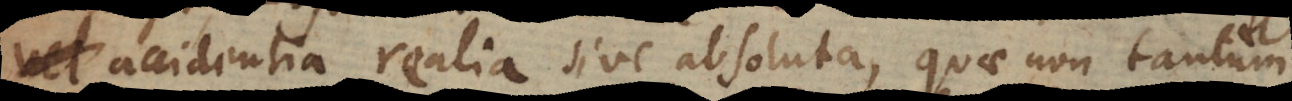
accidentia realia sive absoluta, quae non tantum